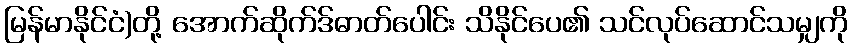
မြန်မာနိုင်ငံ)တို့ အောက်ဆိုက်ဒ်ဓာတ်ပေါင်း သိနိုင်ပေ၏ သင်လုပ်ဆောင်သမျှကို